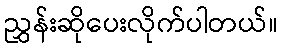
ညွှန်းဆိုပေးလိုက်ပါတယ်။